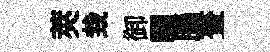
莢㘽御臞腦晝